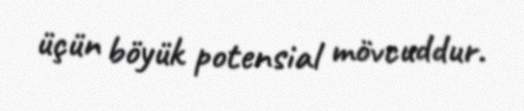
üçün böyük potensial mövcuddur.